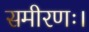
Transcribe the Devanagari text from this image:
समीरणः।